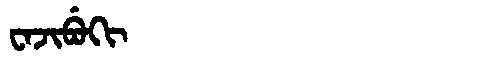
Manchu: ᠸᠠᠵᡳᠪᡠᡴᡳ
Romanization: WAJIBUKI